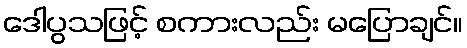
ဒေါပွသဖြင့် စကားလည်း မပြောချင်။